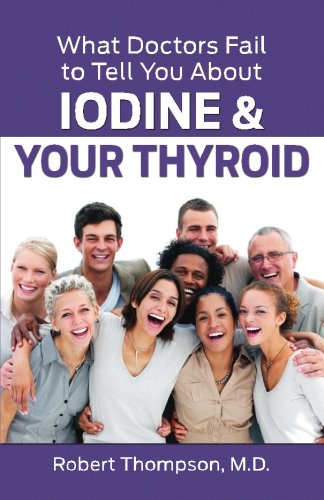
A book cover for What Doctors Fail to Tell You About Iodine and Your Thyroid; Robert Thompson M.D.; Health, Fitness & Dieting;